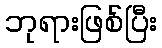
ဘုရားဖြစ်ပြီး